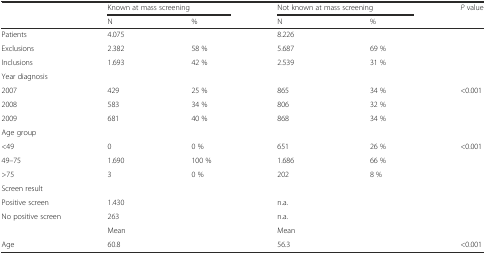
<table><thead><tr><td></td><td colspan="2"><b>Known at mass screening</b></td><td colspan="2"><b>Not known at mass screening</b></td><td><b><i>P</i> value</b></td></tr><tr><td></td><td><b>N</b></td><td><b>%</b></td><td><b>N</b></td><td><b>%</b></td><td></td></tr></thead><tbody><tr><td>Patients</td><td>4.075</td><td></td><td>8.226</td><td></td><td></td></tr><tr><td>Exclusions</td><td>2.382</td><td>58 %</td><td>5.687</td><td>69 %</td><td></td></tr><tr><td>Inclusions</td><td>1.693</td><td>42 %</td><td>2.539</td><td>31 %</td><td></td></tr><tr><td>Year diagnosis</td><td></td><td></td><td></td><td></td><td></td></tr><tr><td>2007</td><td>429</td><td>25 %</td><td>865</td><td>34 %</td><td>&lt;0.001</td></tr><tr><td>2008</td><td>583</td><td>34 %</td><td>806</td><td>32 %</td><td></td></tr><tr><td>2009</td><td>681</td><td>40 %</td><td>868</td><td>34 %</td><td></td></tr><tr><td>Age group</td><td></td><td></td><td></td><td></td><td></td></tr><tr><td>&lt;49</td><td>0</td><td>0 %</td><td>651</td><td>26 %</td><td>&lt;0.001</td></tr><tr><td>49–75</td><td>1.690</td><td>100 %</td><td>1.686</td><td>66 %</td><td></td></tr><tr><td>&gt;75</td><td>3</td><td>0 %</td><td>202</td><td>8 %</td><td></td></tr><tr><td>Screen result</td><td></td><td></td><td></td><td></td><td></td></tr><tr><td>Positive screen</td><td>1.430</td><td></td><td>n.a.</td><td></td><td></td></tr><tr><td>No positive screen</td><td>263</td><td></td><td>n.a.</td><td></td><td></td></tr><tr><td></td><td>Mean</td><td></td><td>Mean</td><td></td><td></td></tr><tr><td>Age</td><td>60.8</td><td></td><td>56.3</td><td></td><td>&lt;0.001</td></tr></tbody></table>